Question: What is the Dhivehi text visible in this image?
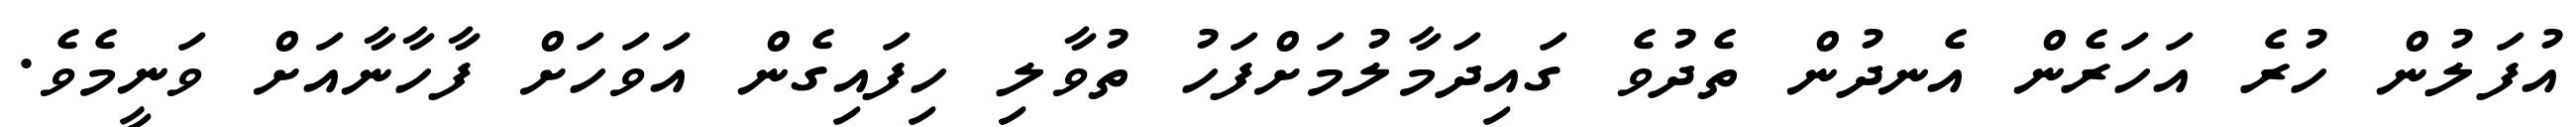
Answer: އުފަލުން ހުރެ އަހަރެން އެނދުން ތެދުވެ ގައިދަމާލުމަށްފަހު ތުވާލި ހިފައިގެން އަވަހަށް ފާހާނާއަށް ވަނީމެވެ.